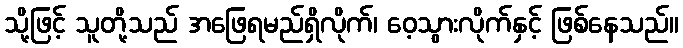
သို့ဖြင့် သူတို့သည် အဖြေရမည်ရှိလိုက်၊ ဝေ့သွားလိုက်နှင့် ဖြစ်နေသည်။